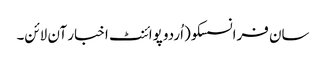
سان فرانسسکو(اُردو پوائنٹ اخبار آن لائن۔